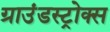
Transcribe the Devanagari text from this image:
ग्राउंडस्ट्रोक्स